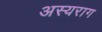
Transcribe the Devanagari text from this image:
अस्यराग